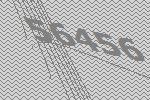
56456